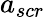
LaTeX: a_{scr}